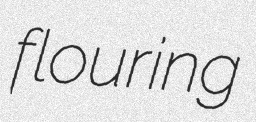
flouring